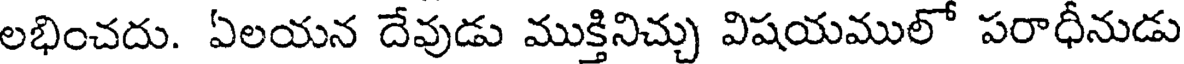
లభించదు. ఏలయన దేవుడు ముక్తినిచ్చు విషయములో పరాధీనుడు